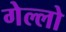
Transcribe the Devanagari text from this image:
गेल्‍लो